Annual statistical returns and brief notes on vaccination in Bengal - 1909-1929
Year: 1909
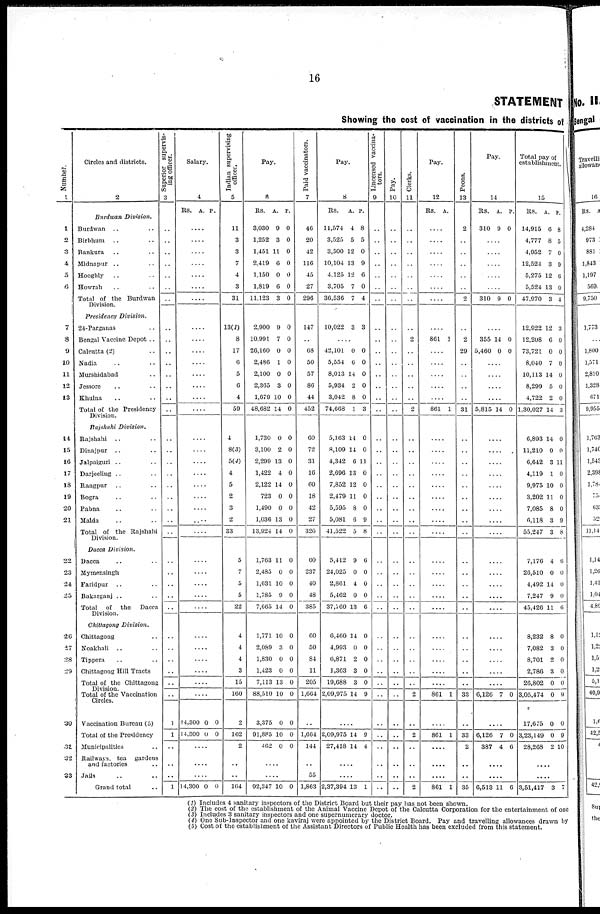
16
STATEMENT
Showing the cost of vaccination in the districts of
Number.
1
1
2
3
4
5
6
7
8
9
10
11
12
13
14
15
16
17
18
19
20
21
22
23
24
25
26
27
28
29
30
31
32
33
Circles and districts.
2
Burdwan Division. .. ..
Burdwan .. ..
Birbhum .. ..
Bankura .. ..
Midnapur .. ..
Hooghly .. ..
Howrah .. ..
Total of the Burdwan
Division.
Presidency Division.
24-Parganas ..
Bengal Vaccine Depot ..
Calcutta (2)
Nadia .. ..
Murshidabad ..
Jessore .. ..
Khulna .. ..
Total of the Presidency
Division.
Rajshahi Division.
Rajshahi .. ..
Dinajpur .. ..
Jalpaiguri .. ..
Darjeeling .. ..
Rangpur .. ..
Bogra .. ..
Pabna .. ..
Malda .. ..
Total of the Rajshahi
Division.
Dacca Division.
Dacca .. ..
Mymensingh ..
Faridpur .. ..
Bakarganj .. ..
Total of the Dacca
Division.
Chittagong Division.
Chittagong .. ..
Noakhali .. ..
Tippera .. ..
Chittagong Hill Tracts
Total of the Chittagong
Total of the Vaccination
Circles.
Vaccination Burean (5)
Total of the Presidency
Municipalities ..
Railways, tea gardens
and factories
Jails .. ..
Grand total ..
Superior supervis-
ing officer.
3
..
..
..
..
..
..
..
..
..
..
..
..
..
..
..
..
..
..
..
..
..
..
..
..
..
..
..
..
..
..
..
..
..
..
..
1
1
..
..
..
1
Salary.
4
Rs. A. P.
....
....
....
....
....
....
....
..
..
..
..
....
..
..
..
....
....
....
....
....
....
....
....
....
....
....
....
....
....
....
....
....
....
....
....
14,300
14,300
0
0
0
0
....
....
....
14,300 0 0
Indian supervising
officer.
5
11
3
3
7
4
3
31
13(1)
8
17
6
5
6
4
59
4
8(3)
5(4)
4
5
2
3
2
33
5
7
5
5
22
4
4
4
3
15
160
2
162
2
..
..
164
Pay.
6
Rs.
3,030
1,252
1,451
2,419
1,150
1,819
11,123
A.
9
3
11
6
0
6
3
P.
0
0
0
0
0
0
0
2,900
10,99l
26,160
2,486
2,100
2,365
1,679
48,682
9
7
0
1
0
3
10
14
0
0..
0
0
0
0
0
0
1,730
3,100
2,299
1,422
2,122
723
1,490
1,036
13,924
0
2
13
4
14
0
0
13
14
0
0
0
0
0
0
0
0
0
1,763
2,485
1,631
1,785
7,665
11
0
10
9
14
0
0
0
0
0
1,771
2,089
1,830
1,423
7,113
88,510
3,375
91,885
462
10
3
0
0
13
10
0
10
0
0
0
0
0
0
0
0
0
0
....
....
92,347 10 0
Paid vaccinators.
7
46
20
42
116
45
27
296
147
68
50
57
86
44
452
60
72
31
16
60
18
42
27
326
60
237
40
48
385
60
50
84
11
205
1,664
..
1,664
144
..
55
1,863
Pay.
8
Rs.
11,574
3,525
3,500
10,104
4,1425
3,705
36,536
A.
4
5
12
13
12
7
7
P.
8
5
0
9
6
0
4
10,022 3 3
..
42,101
5,554
8,013
5,934
3,042
74,668
0
6
14
2
8
1
0
0
0
0
0
3
5,163
8,109
4,342
2,696
7,852
2,479
5,595
5,081
41,522
14
14
6
13
12
11
8
6
5
0
0
11
0
0
0
0
9
8
5,412
24,025
2,861
5,462
37,760
9
0
4
0
13
6
0
0
0
6
6,460
4,993
6,871
1,363
19,688
2,09,975
14
0
2
3
3
14
0
0
0
0
0
9
..
2,09,975
27,418
14
14
9
4
....
....
2,37,394 13 1
Lincensed vaccina-
tors.
9
..
..
..
..
..
..
..
..
..
..
..
..
..
..
..
..
..
..
..
..
..
..
..
..
..
..
..
..
..
..
..
..
..
..
..
..
..
..
..
..
..
Pay.
10
..
..
..
..
..
..
..
..
..
..
..
..
..
..
..
..
..
..
..
..
..
..
..
..
..
..
..
..
..
..
..
..
..
..
..
..
..
..
..
..
..
Clerks.
11
..
..
..
..
..
..
..
..
2
..
..
..
..
..
2
..
..
..
..
..
..
..
..
..
..
..
..
..
..
..
..
..
..
..
2
..
2
..
..
..
2
Pay.
12
Rs. A.
..
..
..
..
..
..
..
..
861 1
....
..
..
..
..
861 1
..
..
..
..
..
..
..
..
..
..
..
..
..
..
..
..
..
..
..
861 1
..
861 1
....
....
....
861 1
Peons.
13
2
..
..
..
..
..
2
..
2
29
..
..
..
..
31
..
..
..
..
..
..
..
..
..
..
..
..
..
..
..
..
..
..
..
33
..
33
2
..
..
35
Pay.
14
Rs.
310
A.
9
P.
0
..
..
..
..
..
310 9 0
..
355
5,460
14
0
0
0
..
..
..
..
5,815 14 0
....
....
....
....
....
....
....
....
....
....
....
....
....
....
..
..
..
..
..
6,126 7 0
..
6,126
387
7
4
0
6
....
....
6,513 11 6
Total pay of
establishment.
15
Rs.
14,915
4,777
4,952
12,524
5,275
5,524
47,970
A.
6
8
7
3
12
13
3
P.
8
5
0
9
6
0
4
12,922
12,208
73,721
8,040
10,113
8,299
4,722
1,30,027
12
6
0
7
14
5
2
14
3
0
0
6
0
0
0
3
6,893
11,210
6,642
4,119
9,975
3,202
7,085
6,118
55,247
14
0
3
1
10
11
8
3
3
0
0
11
0
0
0
0
9
8
7,176
26,510
4,492
7,247
45,426
4
0
14
9
11
6
0
0
0
6
8,232
7,082
8,701
2,786
26,802
3,05,474
17,675
3,23,149
28,268
8
3
2
3
0
0
0
0
2
0
0
0
0
0
9
0
9
10
....
....
3,51,417 3 7
(1) Includes 4 sanitary inspectors of the District Board but their pay has not been shown.
(2) The cost of the establishment of the Animal Vaccine Depot of the Calcutta Corporation for the entertainment of one
(3) Includes 3 sanitary inspectors and one supernumerary doctor.
(4) One Sub-Inspector and one kaviraj were appointed by the District Board. Pay and travelling allowances drawn by
(5) Cost of the establishment of the Assistant Directors of Public Health has been excluded from this statement.